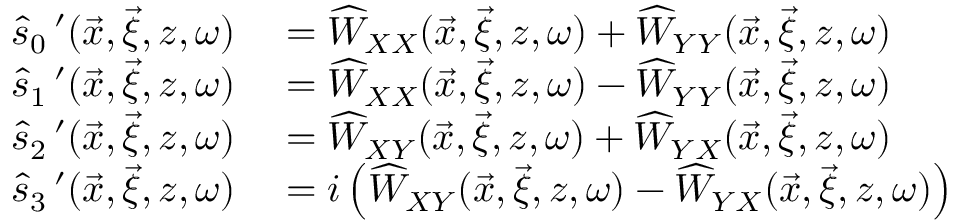
\begin{array} { r l } { \widehat { s } _ { 0 } \, ^ { \prime } ( \vec { x } , \vec { \xi } , z , \omega ) } & { { } = \widehat { W } _ { X X } ( \vec { x } , \vec { \xi } , z , \omega ) + \widehat { W } _ { Y Y } ( \vec { x } , \vec { \xi } , z , \omega ) } \\ { \widehat { s } _ { 1 } \, ^ { \prime } ( \vec { x } , \vec { \xi } , z , \omega ) } & { { } = \widehat { W } _ { X X } ( \vec { x } , \vec { \xi } , z , \omega ) - \widehat { W } _ { Y Y } ( \vec { x } , \vec { \xi } , z , \omega ) } \\ { \widehat { s } _ { 2 } \, ^ { \prime } ( \vec { x } , \vec { \xi } , z , \omega ) } & { { } = \widehat { W } _ { X Y } ( \vec { x } , \vec { \xi } , z , \omega ) + \widehat { W } _ { Y X } ( \vec { x } , \vec { \xi } , z , \omega ) } \\ { \widehat { s } _ { 3 } \, ^ { \prime } ( \vec { x } , \vec { \xi } , z , \omega ) } & { { } = i \left( \widehat { W } _ { X Y } ( \vec { x } , \vec { \xi } , z , \omega ) - \widehat { W } _ { Y X } ( \vec { x } , \vec { \xi } , z , \omega ) \right) } \end{array}